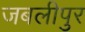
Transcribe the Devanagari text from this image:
जबलीपुर